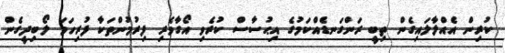
ކުރިން އެއްލާލައިގެން ތިބީ ރަންގަނޑެއްކަމުގެ އިޙުސާސް ކުރެވި އޯގާވެރި ފިރުމުންތަކާ ފުރިހަމަ ލޯބިދީގެން